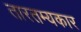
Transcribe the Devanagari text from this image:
तारतम्यकार